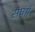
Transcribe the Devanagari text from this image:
संघंर्ष